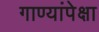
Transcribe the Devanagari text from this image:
गाण्यांपेक्षा